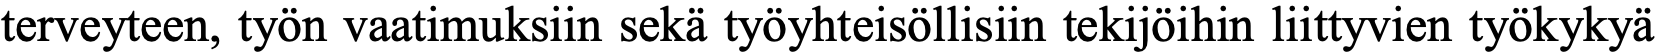
terveyteen, työn vaatimuksiin sekä työyhteisöllisiin tekijöihin liittyvien työkykyä